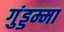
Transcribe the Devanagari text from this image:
गुंड्डम्मा